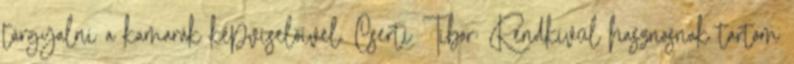
tárgyalni a kamarák képviselőivel. Cserti Tibor: Rendkívül hasznosnak tartom